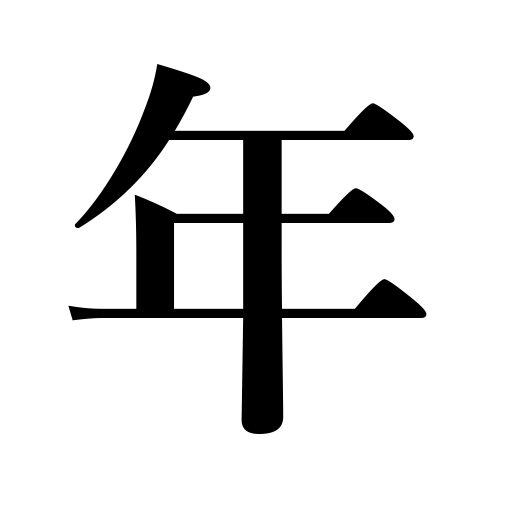
Meanings: age,year,time of life,term of service